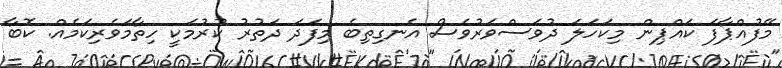
މޭފުއްޕާފަ ކައްޕިން މިކަހަލަ ދުވަސްވަރުވެސް އެނގިތިބެ މިފަދަ ދަތުރު ކުރުމަކީ ހިތާމަވެރިކަމެއް. ކޮބާ